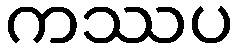
ကဿပ